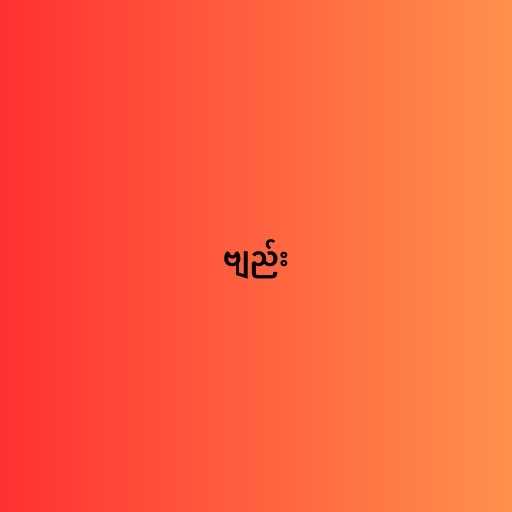
ဗျည်း